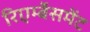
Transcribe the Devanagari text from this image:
रिएर्म्बेसमेंट